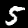
Label: 5